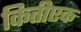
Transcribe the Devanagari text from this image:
कितीएक